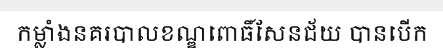
កម្លាំងនគរបាលខណ្ឌពោធិ៍សែនជ័យ បានបើក